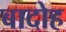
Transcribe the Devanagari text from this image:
बादोह